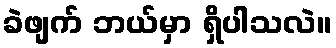
ခဲဖျက် ဘယ်မှာ ရှိပါသလဲ။